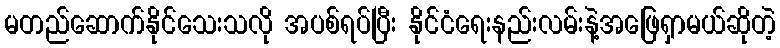
မတည်ဆောက်နိုင်သေးသလို အပစ်ရပ်ပြီး နိုင်ငံရေးနည်းလမ်းနဲ့အဖြေရှာမယ်ဆိုတဲ့